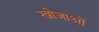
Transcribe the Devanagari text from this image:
खोजाओं